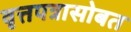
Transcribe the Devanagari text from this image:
वृत्तपत्रासोबत